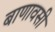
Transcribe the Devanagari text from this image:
बाणावसी